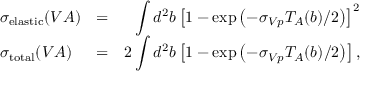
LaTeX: \begin{array} { l c r } { { \sigma _ { \mathrm { e l a s t i c } } ( V A ) } } & { { = } } & { { \displaystyle \int d ^ { 2 } b \left[ 1 - \exp \left( - \sigma _ { V p } T _ { A } ( b ) / 2 \right) \right] ^ { 2 } } } \\ { { \sigma _ { \mathrm { t o t a l } } ( V A ) } } & { { = } } & { { 2 \displaystyle \int d ^ { 2 } b \left[ 1 - \exp \left( - \sigma _ { V p } T _ { A } ( b ) / 2 \right) \right] , } } \end{array}